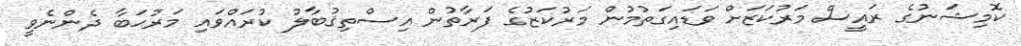
ކޮމިޝަނުގެ ރައީސް މަރުކަޒަށް ވަޑައިގަތުމުން މަރުކަޒުގެ ފަރާތުން އިސްތިޤުބާލު ކުރައްވައި މަރުޙަބާ ދެންނެވީ